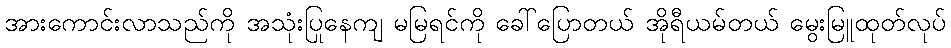
အားကောင်းလာသည်ကို အသုံးပြုနေကျ မမြရင်ကို ခေါ်ပြောတယ် အိုရီယမ်တယ် မွေးမြူထုတ်လုပ်